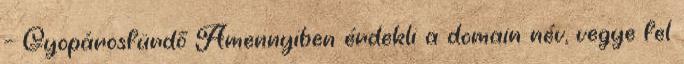
– Gyopárosfürdő Amennyiben érdekli a domain név, vegye fel